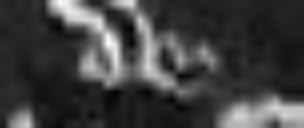
de